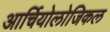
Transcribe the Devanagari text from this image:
आर्चियोलोजिकल